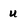
Character: U